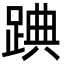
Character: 䠄